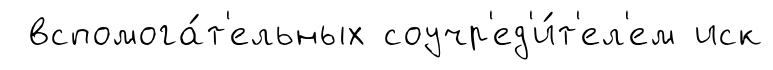
вспомога́т'ельных соучр'ед'и́т'ел'ем иск